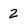
Character: 2